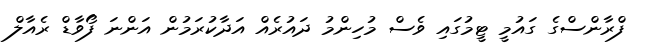
ފްރާންސްގެ ގައުމީ ޓީމުގައި ވެސް މުހިންމު ދައުރެއް އަދާކުރަމުން އަންނަ ފޯވާޑް ރެއާލް